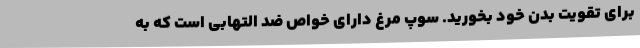
برای تقویت بدن خود بخورید. سوپ مرغ دارای خواص ضد التهابی است که به